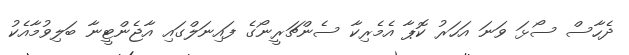
ދެހާސް ސޯޅަ ވަނަ އަހަރު ކޮޕާ އެމެރިކާ ސެންޗަރީނޯގެ ފައިނަލްގައި އާޖެންޓީނާ ބަލިވުމާއެކު